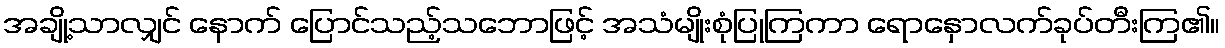
အချို့သာလျှင် နောက် ပြောင်သည့်သဘောဖြင့် အသံမျိုးစုံပြုကြကာ ရောနှောလက်ခုပ်တီးကြ၏။